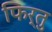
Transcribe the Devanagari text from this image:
फिर्तु